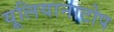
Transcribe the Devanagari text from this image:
यूलियानाटोप